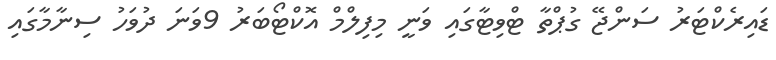
ޑައިރެކްޓަރު ސަންޖޭ ގުޕްތާ ޓްވިޓާގައި ވަނީ މިފިލްމް އޮކްޓޯބަރު 9ވަނަ ދުވަހު ސިނާމާގައި